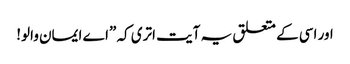
اور اسی کے متعلق یہ آیت اتری کہ ”اے ایمان والو!